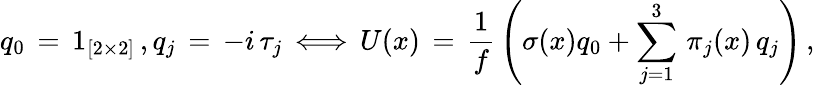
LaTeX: q_{0}\, =\, 1_{[2\times 2]}\, ,q_{j}\, =\, -i\, \tau_{j}\, \Longleftrightarrow\, U(x)\, =\, {\frac{1}{f}}\left(\sigma(x)q_{0}+\sum_{j=1}^{3}\, \pi_{j}(x)\, q_{j}\right)\, ,